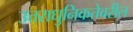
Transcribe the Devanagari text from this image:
उत्तराधुनिकतेवरील